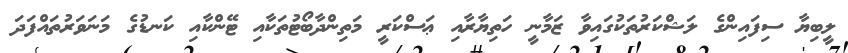
ލީބިޔާ ސިފައިންގެ ލަޝްކަރުތަކުގައިވާ ޒަމާނީ ހަތިޔާރާއި ޢަސްކަރީ މަތިންދާބޯޓުތަކާއި ޓޭންކާއި ކަނޑުގެ މަނަވަރުތައްފަދަ